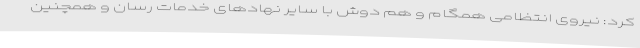
کرد: نیروی انتظامی همگام و هم دوش با سایر نهادهای خدمات رسان و همچنین